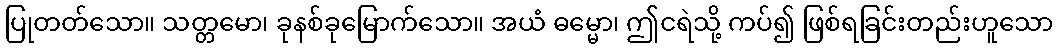
ပြုတတ်သော။ သတ္တမော၊ ခုနစ်ခုမြောက်သော။ အယံ ဓမ္မော၊ ဤငရဲသို့ ကပ်၍ ဖြစ်ရခြင်းတည်းဟူသော